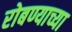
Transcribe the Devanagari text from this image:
रोबण्याच्या